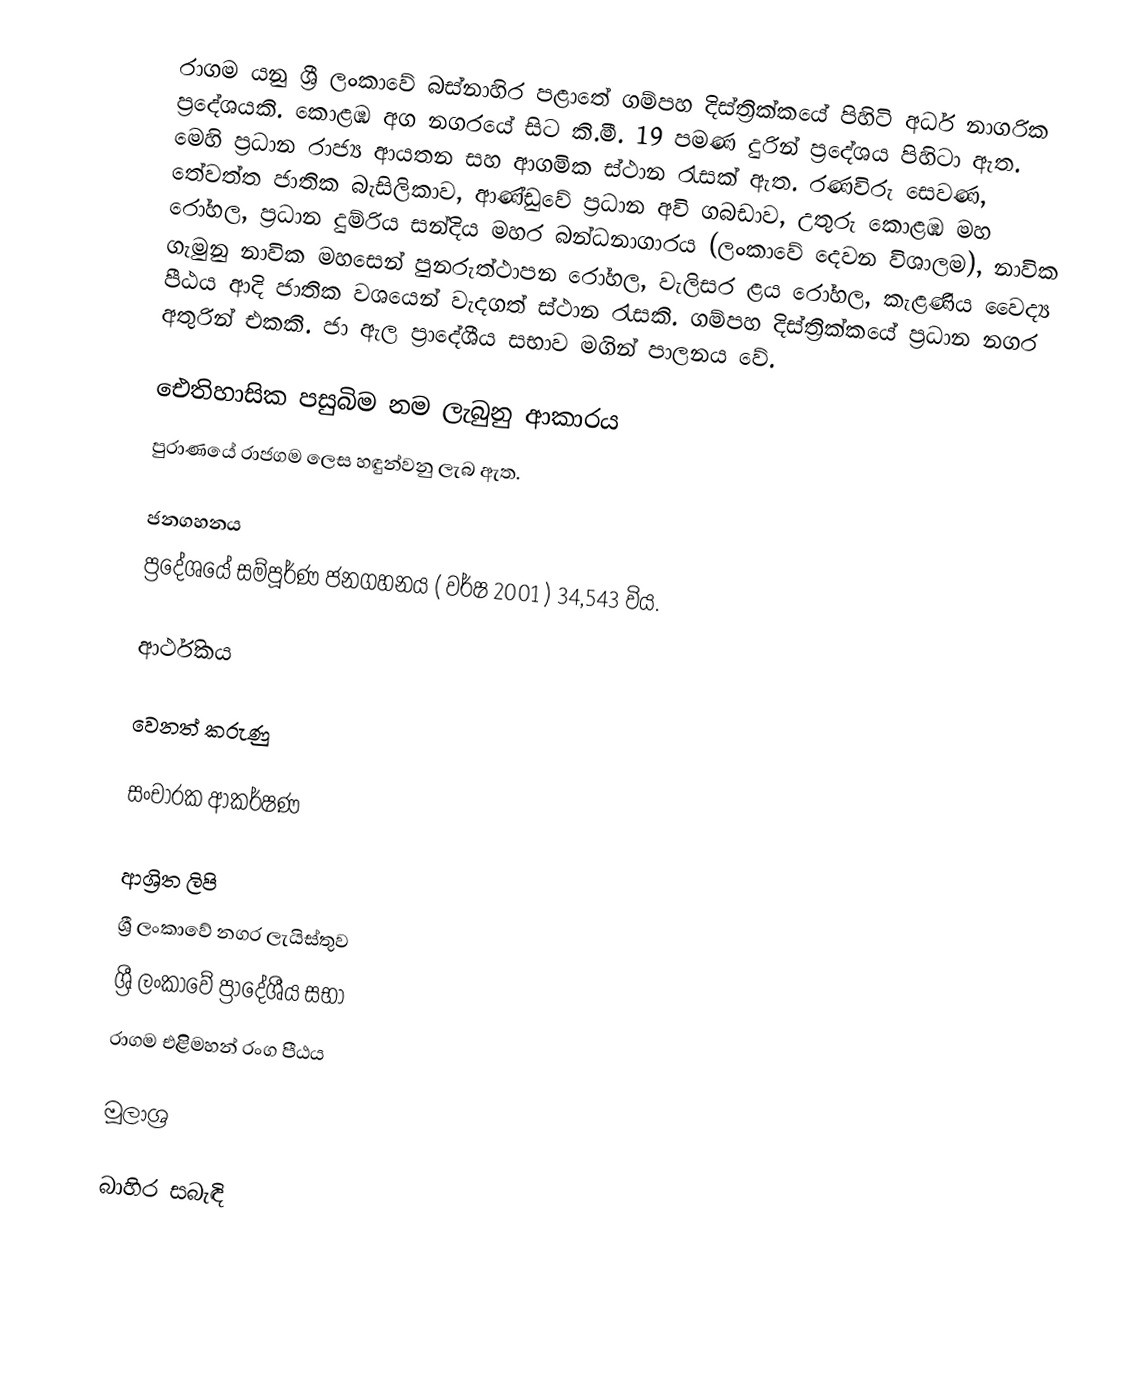
රාගම යනු ශ්‍රී ලංකාවේ බස්නාහිර පළාතේ ගම්පහ දිස්ත්‍රික්කයේ පිහිටි අර්ධ නාගරික ප්‍රදේශයකි. කොළඹ අග නගරයේ සිට කි.මී. 19 පමණ දුරින් ප්‍රදේශය පිහිටා ඇත. මෙහි ප්‍රධාන රාජ්‍ය ආයතන සහ ආගමික ස්ථාන රැසක් ඇත. රණවිරු සෙවණ, තේවත්ත ජාතික බැසිලිකාව, ආණ්ඩුවේ ප්‍රධාන අවි ගබඩාව, උතුරු කොළඹ මහ රෝහල, ප්‍රධාන දුම්රිය සන්දිය මහර බන්ධනාගාරය (ලංකාවේ දෙවන විශාලම), නාවික ගැමුනු නාවික මහසෙන් පුනරුත්ථාපන රෝහල, වැලිසර ළය රෝහල, කැළණිය වෛද්‍ය පීඨය ආදි ජාතික වශයෙන් වැදගත් ස්ථාන රැසකි. ගම්පහ දිස්ත්‍රික්කයේ ප්‍රධාන නගර අතුරින් එකකි. ජා ඇල ප්‍රාදේශීය සභාව මගින් පාලනය වේ.

ඓතිහාසික පසුබිම නම ලැබුනු ආකාරය
පුරාණයේ රාජගම ලෙස හඳුන්වනු ලැබ ඇත.

ජනගහනය
ප්‍රදේශයේ සම්පූර්ණ ජනගහනය ( වර්ෂ 2001 ) 34,543 විය.

ආර්ථිකය

වෙනත් කරුණු

සංචාරක ආකර්ෂණ

ආශ්‍රිත ලිපි
 ශ්‍රී ලංකාවේ නගර ලැයිස්තුව
 ශ්‍රී ලංකාවේ ප්‍රාදේශීය සභා
 රාගම එළිිමහන් රංග පීඨය

මූලාශ්‍ර

බාහිර සබැඳි